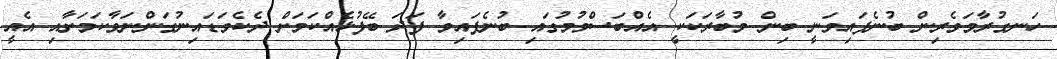
ހަނގުރާމަވެރިން ބުނެފައިވަނީ ބިން މުބާރަކަކީ އެއްބަސްވުމުގައި ބުނެފައިވާ ފަދަ ބޭފުޅެއްކަމަށް ދެކެވަޑައިނުގަންނަވާކަމަށާއި އެއީ